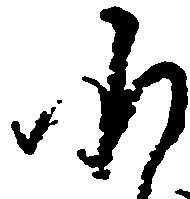
承